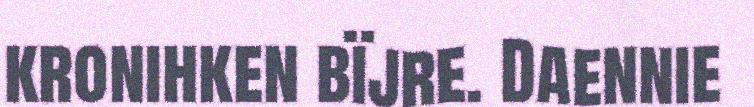
kronihken bïjre. Daennie